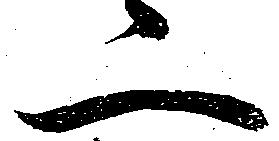
二